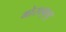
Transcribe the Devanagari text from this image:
मोसाकुन्नु